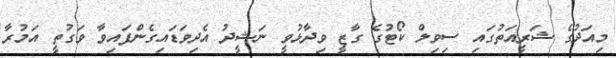
މިއަދުގެ ޝަރީއަތުގައި ސިވިލް ކޯޓުގެ ގާޒީ ވިދާޅުވީ ނަޝީދު އެދިވަޑައިގެންފައިވާ ވަގުތީ އަމުރާ